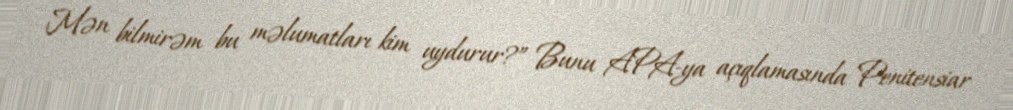
Mən bilmirəm bu məlumatları kim uydurur?” Bunu APA-ya açıqlamasında Penitensiar